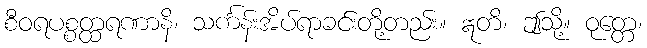
စီဝရပစ္စတ္ထရဏာနိ၊ သင်္ကန်းအိပ်ရာခင်းတို့တည်း။ ဣတိ၊ ဤသို့။ ဝုတ္တေ၊